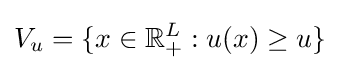
V_{u}=\{x\in \mathbb {R} _{+}^{L}:u(x)\geq u\}